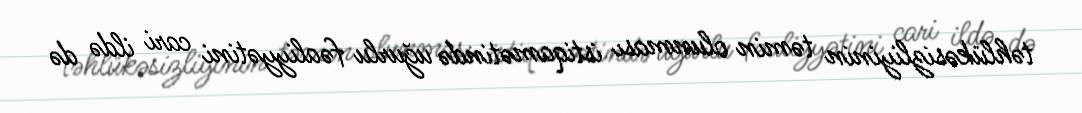
təhlükəsizliyinin təmin olunması istiqamətində uğurlu fəaliyyətini cari ildə də